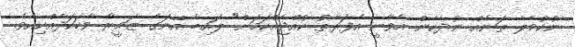
ނުކުމެލާ ތަނެއް ނުދެކެން އެވާނީ އެފަރާތު ކުއްޖެއްކަމަށް" ލައިބާ އޭނަގެ ޒަމީރާ ވާހަކަދެއްކިއެވެ.